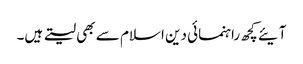
آیئے کچھ راہنمائی دین اسلام سے بھی لیتے ہیں۔